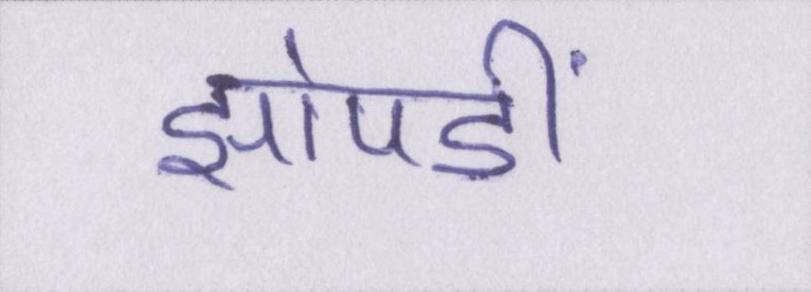
झोपङीं